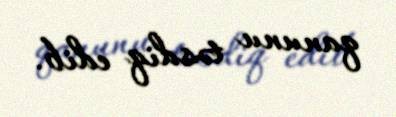
qanunu təsdiq edib.